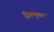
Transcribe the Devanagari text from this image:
प्रियभूषण